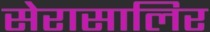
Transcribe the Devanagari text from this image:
सेरासालिर